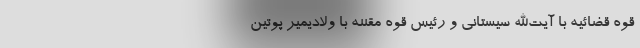
قوه قضائیه با آیت‌الله سیستانی و رئیس قوه مقننه با ولادیمیر پوتین